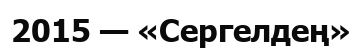
2015 — «Сергелдең»